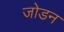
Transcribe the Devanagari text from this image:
जोडन